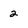
Character: 2